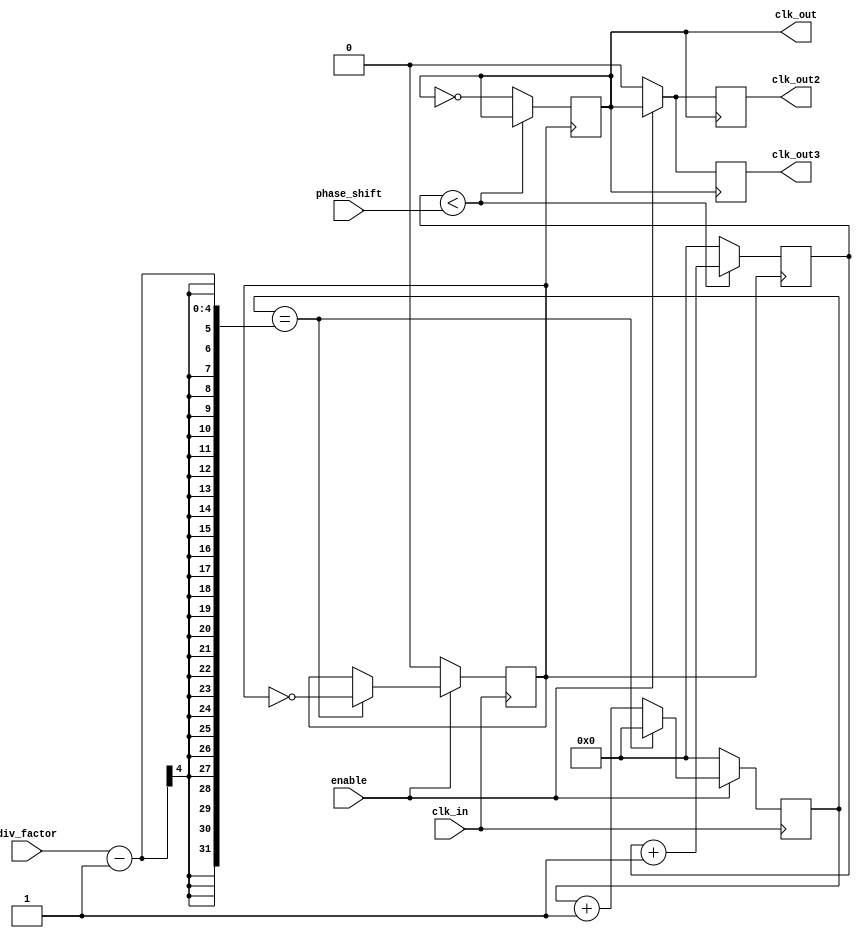
module ProgrammableClockBuffer (
    input wire clk_in,                // Input clock signal
    input wire [3:0] div_factor,      // Programmable division factor (1 to 15)
    input wire [3:0] phase_shift,     // Programmable phase shift (in clock cycles)
    input wire enable,                 // Output enable signal
    output reg clk_out,               // Buffered output clock
    output reg clk_out2,              // Second buffered output clock
    output reg clk_out3               // Third buffered output clock
);

    reg [3:0] counter;                // Counter for clock division
    reg [3:0] phase_counter;          // Counter for phase adjustment
    reg clk_div;                      // Divided clock signal

    // Clock Division Logic
    always @(posedge clk_in) begin
        if (enable) begin
            if (counter == div_factor - 1) begin
                clk_div <= ~clk_div;    // Toggle the divided clock signal
                counter <= 0;           // Reset counter
            end else begin
                counter <= counter + 1; // Increment counter
            end
        end else begin
            clk_div <= 0;               // If not enabled, output low
            counter <= 0;               // Reset counter
        end
    end

    // Phase Adjustment Logic
    always @(posedge clk_div) begin
        if (phase_counter < phase_shift) begin
            phase_counter <= phase_counter + 1; // Increment phase counter
        end else begin
            clk_out <= ~clk_out;           // Toggle output clock signal after phase shift
            phase_counter <= 0;             // Reset phase counter
        end
    end

    // Output Buffer Stage for multiple outputs
    always @(posedge clk_out) begin
        if (enable) begin
            clk_out2 <= clk_out;           // Buffered output 2
            clk_out3 <= clk_out;           // Buffered output 3
        end else begin
            clk_out2 <= 0;                  // Disable output 2
            clk_out3 <= 0;                  // Disable output 3
        end
    end

endmodule